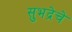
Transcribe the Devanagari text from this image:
सुभद्रेचे